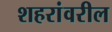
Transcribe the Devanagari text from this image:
शहरांवरील